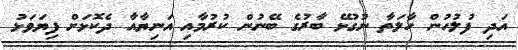
އަދި ފުލުހުން ހާލަތާ ނުގުޅޭ ބާރުގެ ބޭނުން ކުރުމާއި އަނިޔާއާ ދެކޮޅަށް ފިޔަވަޅު